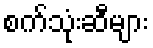
စက်သုံးဆီများ